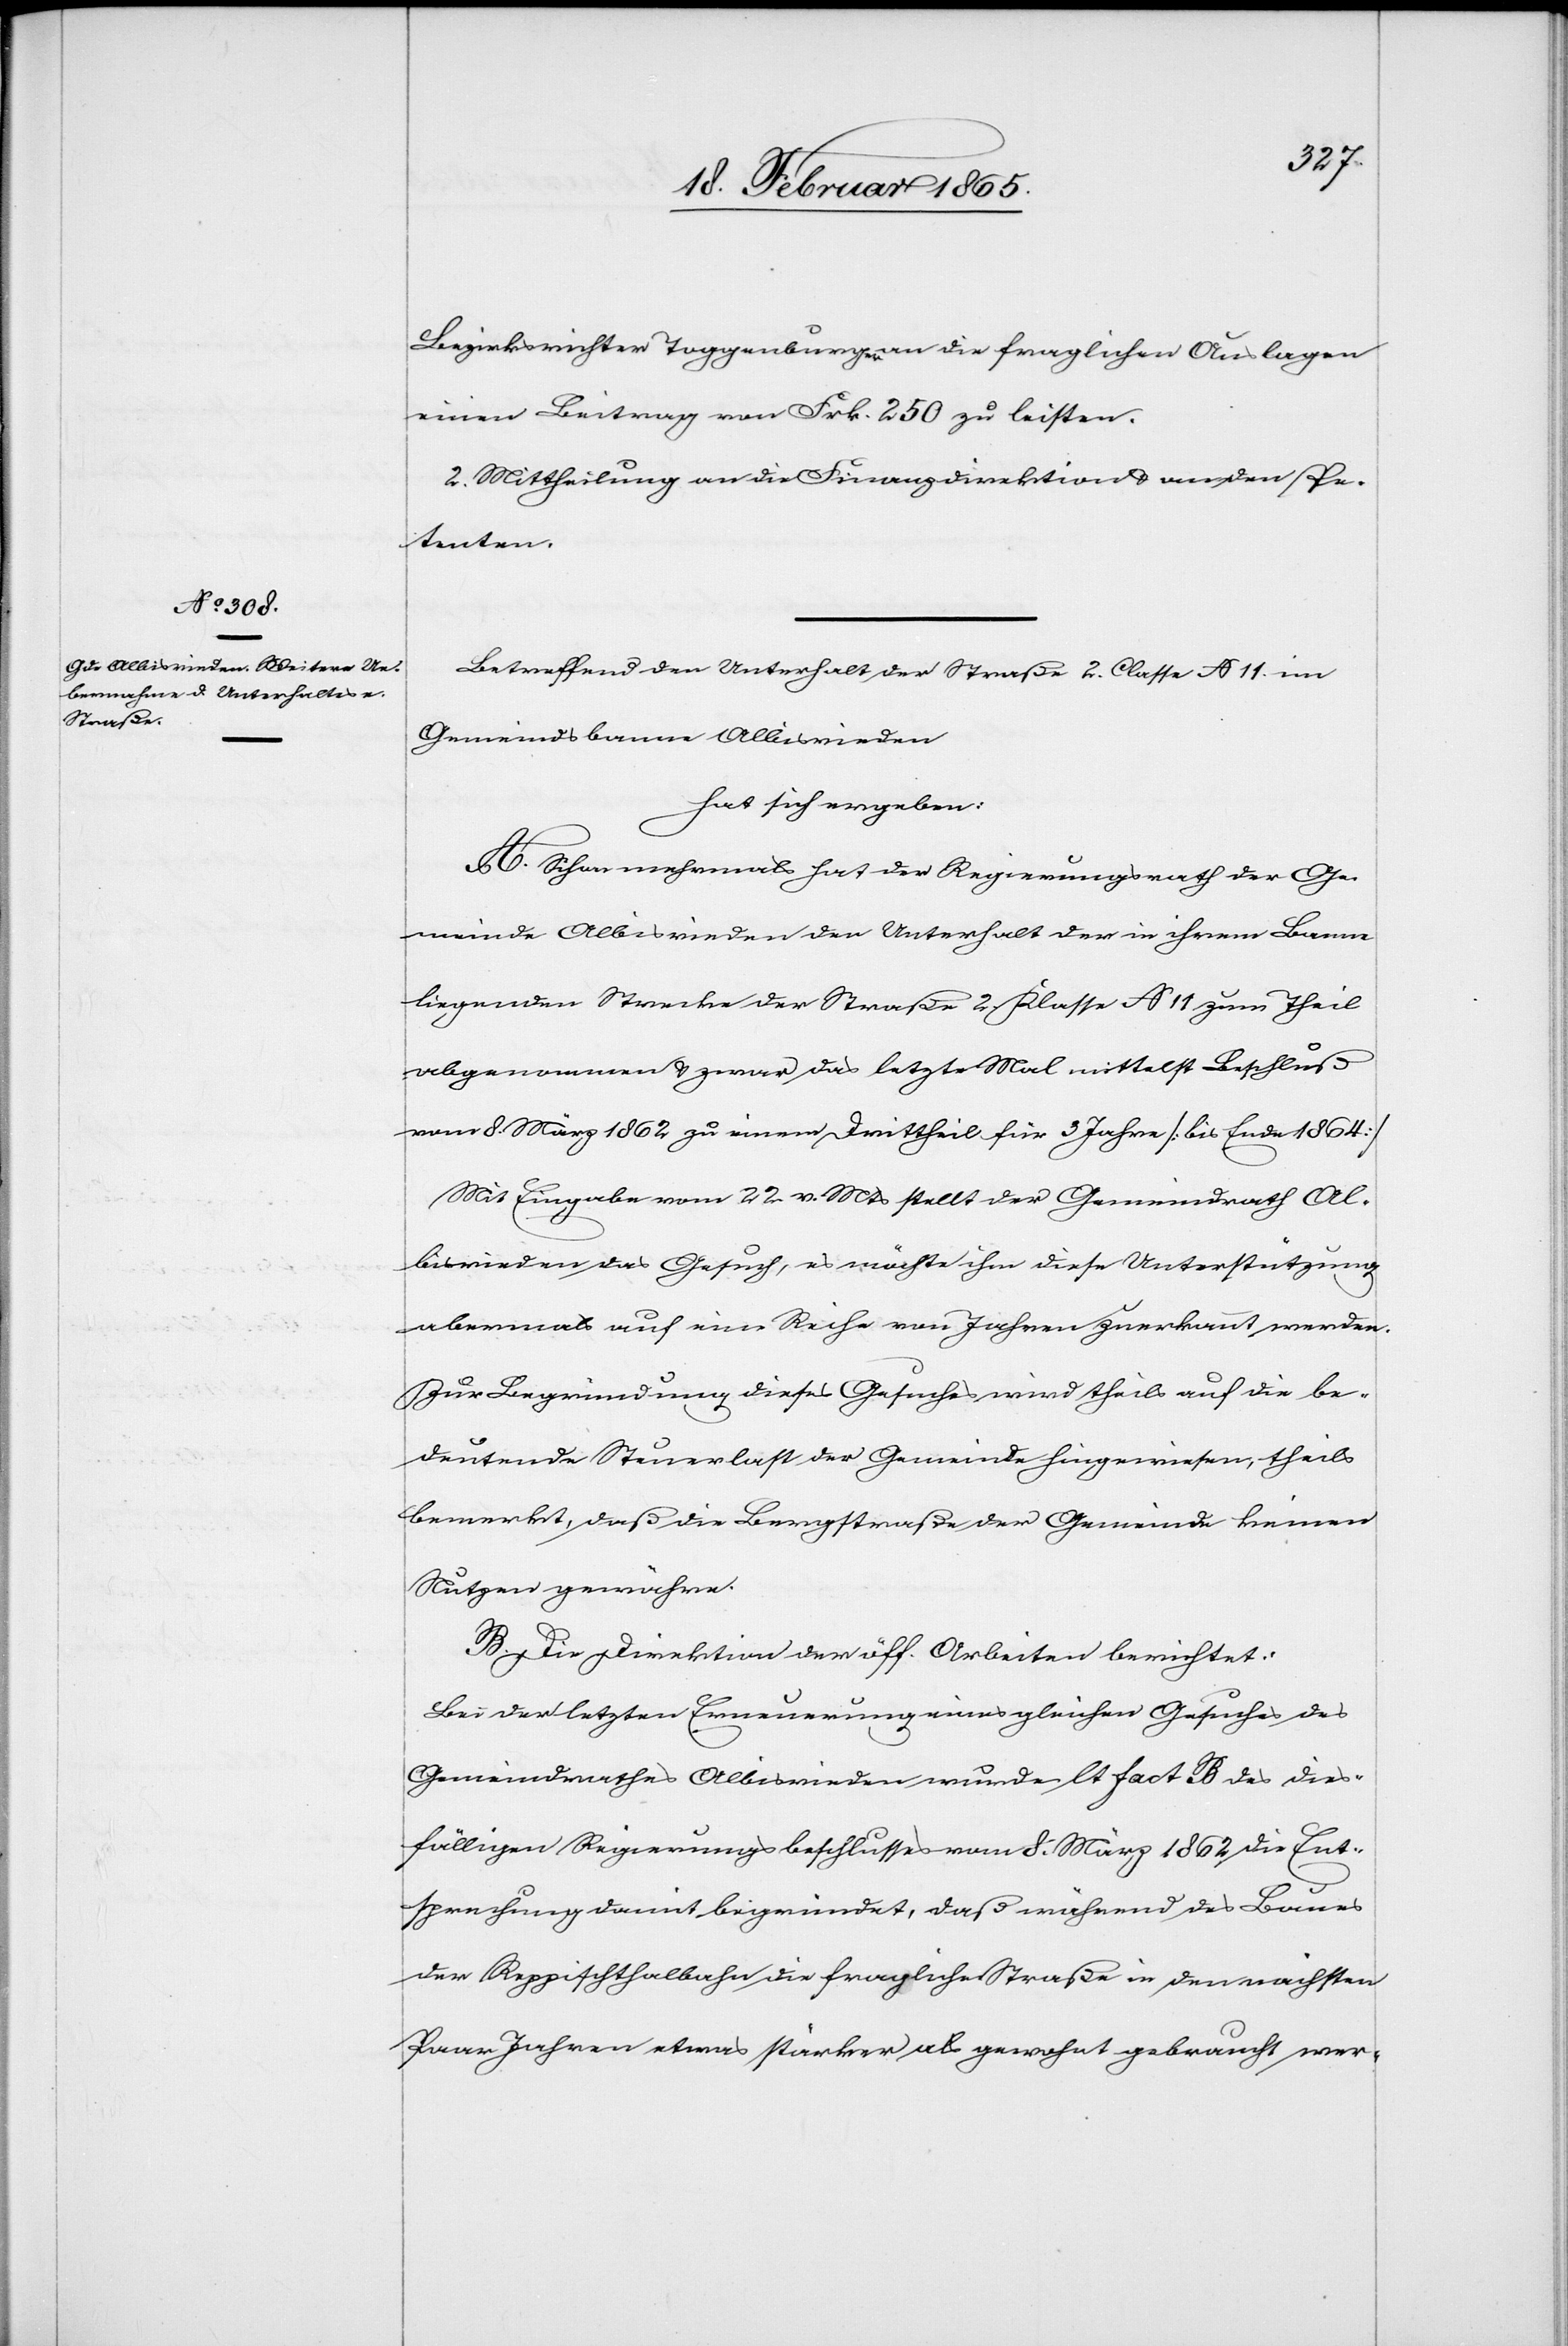
Bezirksrichter Toggenburger an die fraglichen Auslagen
einen Beitrag von Frk. 250 zu leisten.
2. Mittheilung an die Finanzdirektion u. an den Pe¬
tenten.
Betreffend den Unterhalt der Straße 2. Classe No 11 im
Gemeindsbanne Albisrieden
hat sich ergeben:
A. Schon mehrmals hat der Regierungsrath der Ge¬
meinde Albisrieden den Unterhalt der in ihrem Banne
liegenden Strecke der Straße 2. Klasse No 11 zum Theil
abgenommen u. zwar das letzte Mal mittelst Beschluß
vom 8. März 1862 zu einem Drittheil für 3 Jahre [bis Ende 1864]
Mit Eingabe vom 22. v. Mts stellt der Gemeindrath Al¬
bisrieden das Gesuch, es möchte ihm diese Unterstützung
abermals auf eine Reihe von Jahren zuerkannt werden.
Zur Begründung dieses Gesuches wird theils auf die be¬
deutende Steuerlast der Gemeinde hingewiesen, theils
bemerkt, daß die Bergstraße der Gemeinde keinen
Nutzen gewähre.
B. Die Direktion der öff. Arbeiten berichtet:
Bei der letzten Erneuerung eines gleichen Gesuches des
Gemeindrathes Albisrieden wurde lt. fact B des dies¬
fälligen Regierungsbeschlusses vom 8. März 1862 die Ent¬
sprechung damit begründet, daß während des Baues
der Reppischthalbahn die fragliche Straße in den nächsten
Paar Jahren etwas stärker als gewohnt gebraucht wer-